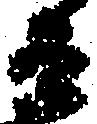
兵